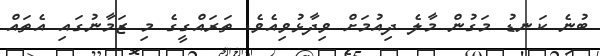
ބުނެ ކަނޑު މަގުން މާލެ ދިއުމަށް ވިދާޅުވިއެވެ. ތަރައްގީގެ މި ޒަމާނުގައި އެތައް